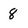
Character: 8